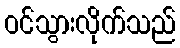
ဝင်သွားလိုက်သည်